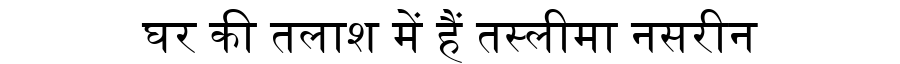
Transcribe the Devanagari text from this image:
घर की तलाश में हैं तस्लीमा नसरीन